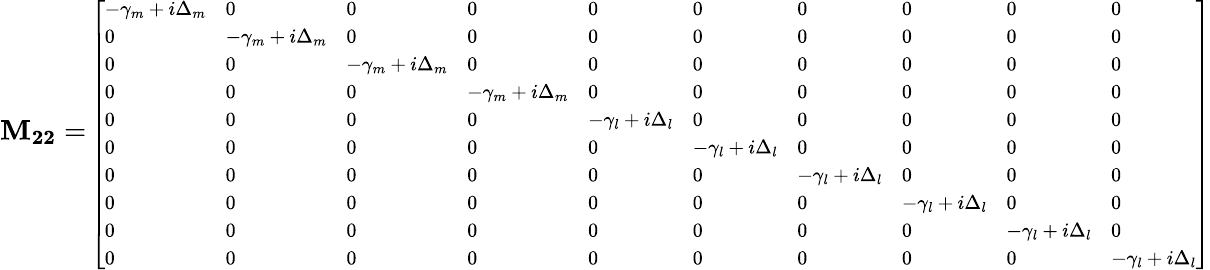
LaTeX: \mathbf{M_{22}}=\scriptsize{\left[\begin{array}{llllllllll}{-\gamma_{m}+i\Delta_{m}}&{0}&{0}&{0}&{0}&{0}&{0}&{0}&{0}&{0}\\ {0}&{-\gamma_{m}+i\Delta_{m}}&{0}&{0}&{0}&{0}&{0}&{0}&{0}&{0}\\ {0}&{0}&{-\gamma_{m}+i\Delta_{m}}&{0}&{0}&{0}&{0}&{0}&{0}&{0}\\ {0}&{0}&{0}&{-\gamma_{m}+i\Delta_{m}}&{0}&{0}&{0}&{0}&{0}&{0}\\ {0}&{0}&{0}&{0}&{-\gamma_{l}+i\Delta_{l}}&{0}&{0}&{0}&{0}&{0}\\ {0}&{0}&{0}&{0}&{0}&{-\gamma_{l}+i\Delta_{l}}&{0}&{0}&{0}&{0}\\ {0}&{0}&{0}&{0}&{0}&{0}&{-\gamma_{l}+i\Delta_{l}}&{0}&{0}&{0}\\ {0}&{0}&{0}&{0}&{0}&{0}&{0}&{-\gamma_{l}+i\Delta_{l}}&{0}&{0}\\ {0}&{0}&{0}&{0}&{0}&{0}&{0}&{0}&{-\gamma_{l}+i\Delta_{l}}&{0}\\ {0}&{0}&{0}&{0}&{0}&{0}&{0}&{0}&{0}&{-\gamma_{l}+i\Delta_{l}}\end{array}\right]}